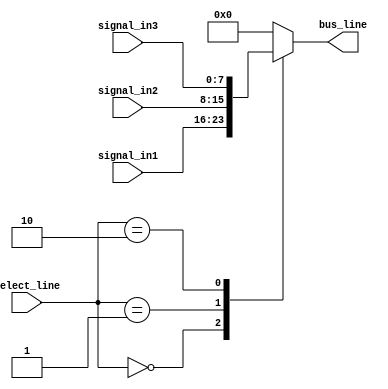
module IO_Bus_Switch (
    input [7:0] signal_in1,
    input [7:0] signal_in2,
    input [7:0] signal_in3,
    input [2:0] select_line,
    output reg [7:0] bus_line
);

always @(*)
begin
    case (select_line)
        3'b000: bus_line = signal_in1;
        3'b001: bus_line = signal_in2;
        3'b010: bus_line = signal_in3;
        default: bus_line = 8'b00000000;
    endcase
end

endmodule